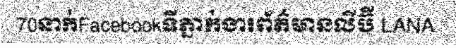
70នាក់Facebookទីភ្នាក់ងារព័ត៌មានលីប៊ី LANA